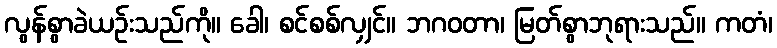
လွန်စွာခဲယဉ်းသည်ကို။ ခေါ၊ စင်စစ်လျှင်။ ဘဂဝတာ၊ မြတ်စွာဘုရားသည်။ ကတံ၊